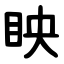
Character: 眏